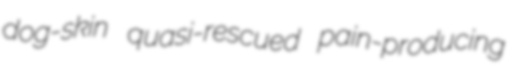
dog-skin quasi-rescued pain-producing